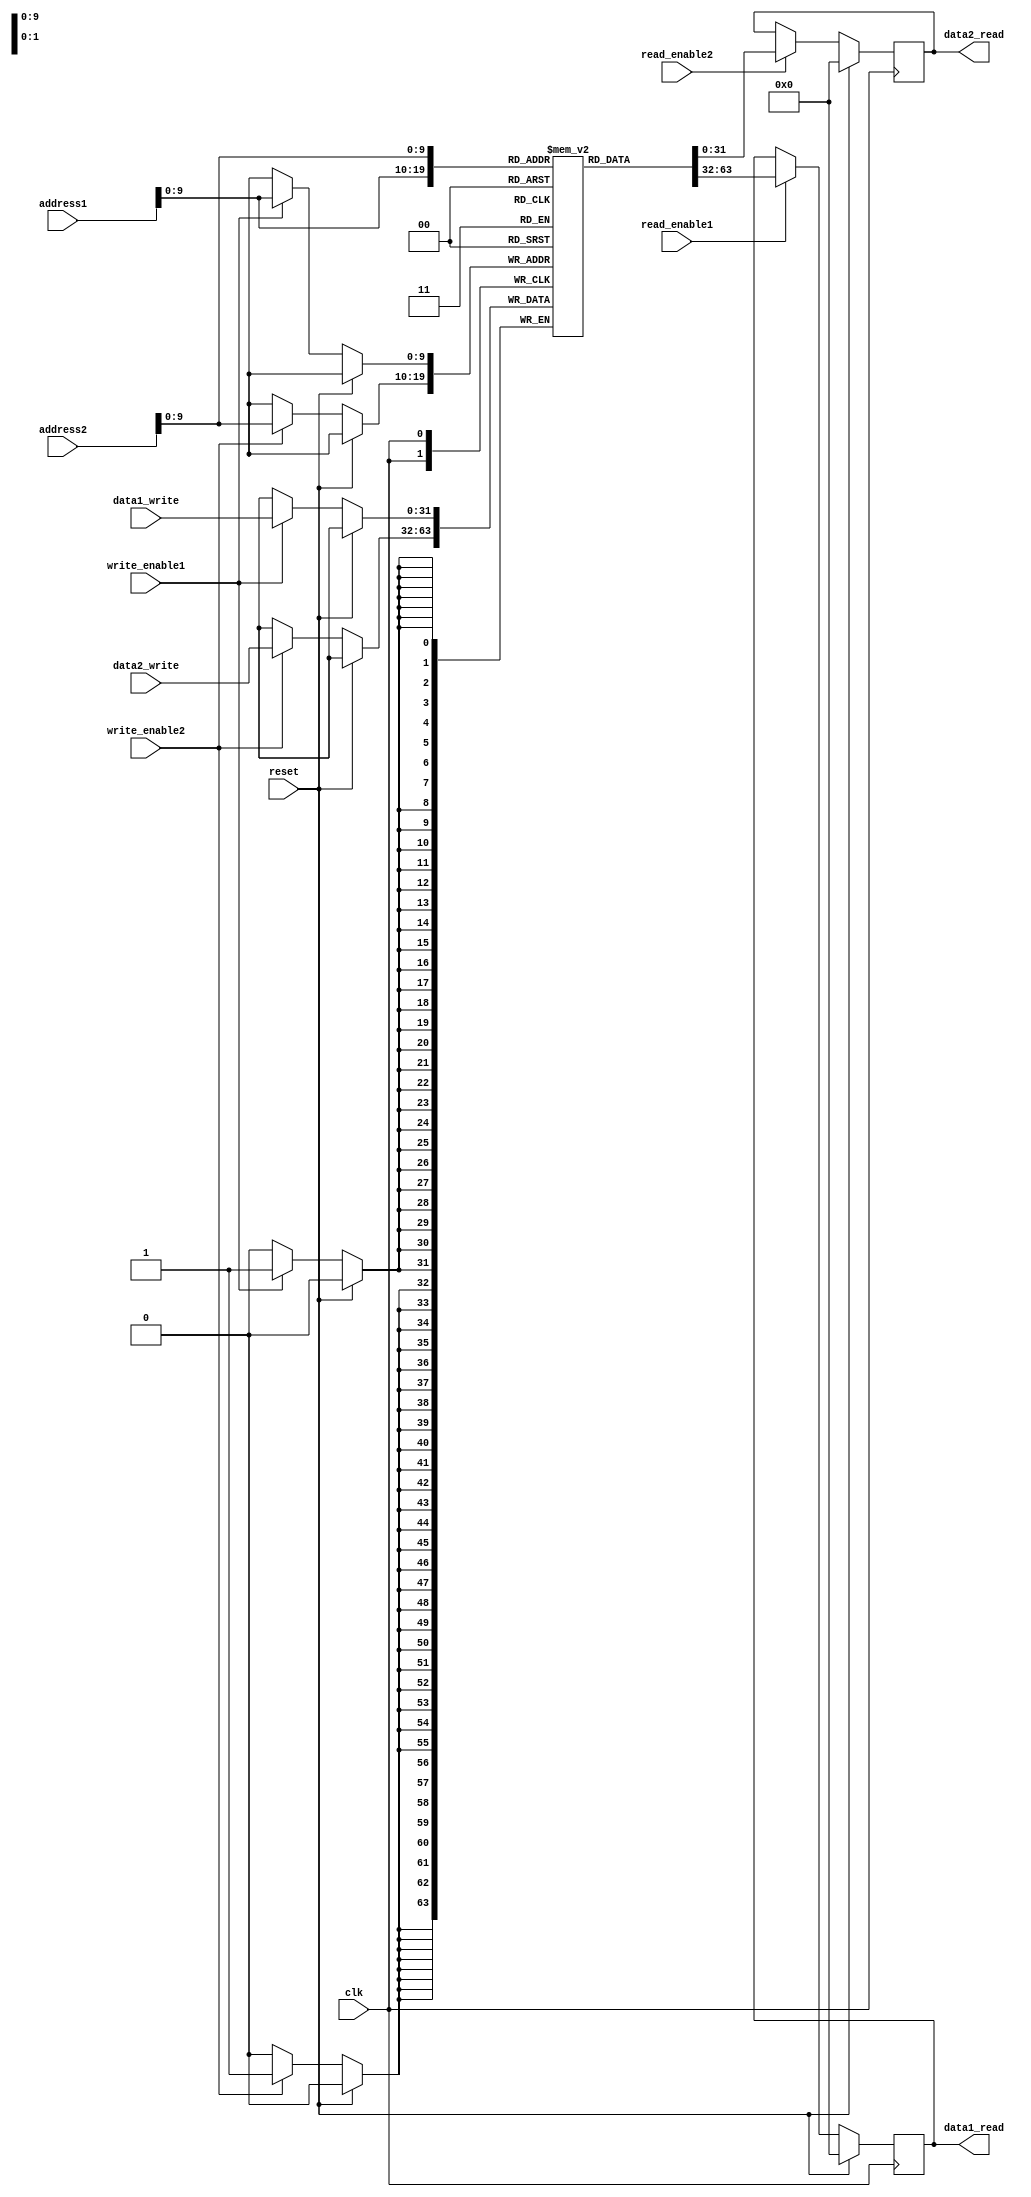
module dual_port_ram (
    input clk,
    input reset,
    input [31:0] address1,
    input [31:0] address2,
    input [31:0] data1_write,
    input [31:0] data2_write,
    input write_enable1,
    input write_enable2,
    input read_enable1,
    input read_enable2,
    output reg [31:0] data1_read,
    output reg [31:0] data2_read
);

reg [31:0] mem [0:1023]; // dual-port RAM memory

always @(posedge clk) begin
    if (reset) begin
        data1_read <= 0;
        data2_read <= 0;
    end else begin
        if (write_enable1) begin
            mem[address1] <= data1_write;
        end
        
        if (write_enable2) begin
            mem[address2] <= data2_write;
        end
        
        if (read_enable1) begin
            data1_read <= mem[address1];
        end
        
        if (read_enable2) begin
            data2_read <= mem[address2];
        end
    end
end

endmodule